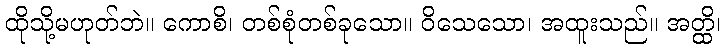
ထိုသို့မဟုတ်ဘဲ။ ကောစိ၊ တစ်စုံတစ်ခုသော။ ဝိသေသော၊ အထူးသည်။ အတ္ထိ၊